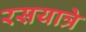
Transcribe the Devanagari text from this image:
रसयात्रे